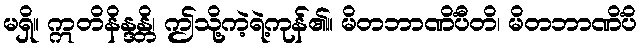
မရှိ။ ဣတိနိန္ဒန္တိ၊ ဤသို့ကဲ့ရဲ့ကုန်၏။ မိတဘာဏိံပီတိ၊ မိတဘာဏိံပိ